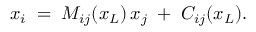
x _ { i } \; = \; M _ { i j } ( x _ { L } ) \, x _ { j } \; + \; C _ { i j } ( x _ { L } ) .